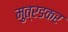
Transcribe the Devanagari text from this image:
मुत्रडकर